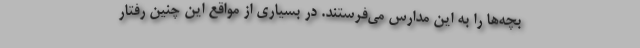
بچه‌ها را به این مدارس می‌فرستند. در بسیاری از مواقع این چنین رفتار